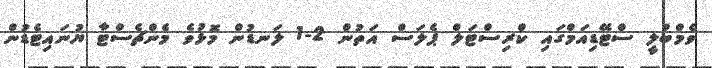
ވެމްބްލީ ސްޓޭޑިއަމްގައި ކްރިސްޓަލް ޕެލަސް އަތުން 2-1 ލަނޑުން މޮޅުވެ މެންޗެސްޓާ ޔުނައިޓެޑުން